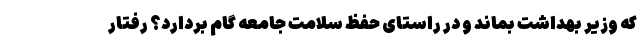
که وزیر بهداشت بماند و در راستای حفظ سلامت جامعه گام بردارد؟ رفتار